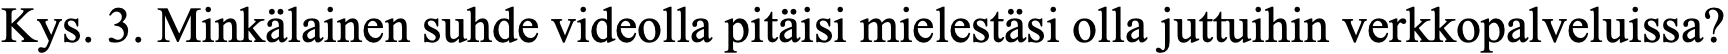
Kys. 3. Minkälainen suhde videolla pitäisi mielestäsi olla juttuihin verkkopalveluissa?